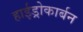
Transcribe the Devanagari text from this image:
हाईड्रोकार्बन